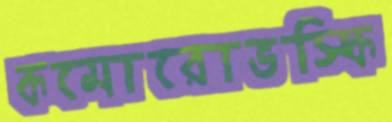
কমোরোভস্কি